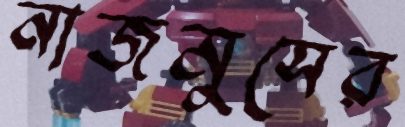
নাজমুসের